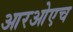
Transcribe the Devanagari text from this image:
आरओएच